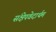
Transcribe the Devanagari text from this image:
संक्षेपवेदार्थम